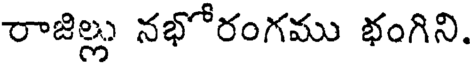
రాజిల్లు నభోరంగము భంగిని.